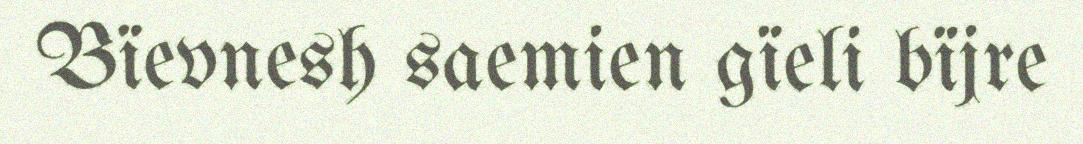
Bïevnesh saemien gïeli bïjre